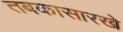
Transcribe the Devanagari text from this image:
तबकासारखे